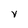
Character: V